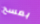
بمسح